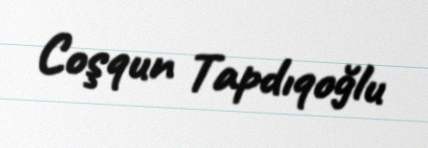
Coşqun Tapdıqoğlu